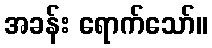
အခန်း ရောက်သော်။